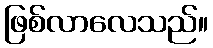
ဖြစ်လာလေသည်။